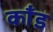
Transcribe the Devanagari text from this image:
काँड